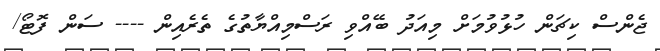
ޖެންސް ކިޗަން ހުޅުވުމަށް މިއަދު ބޭއްވި ރަސްމިއްޔާތުގެ ތެރެއިން ---- ސަން ފޮޓޯ/